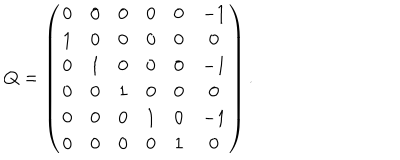
Q = \left( \begin{array} { c c c c c c } { { 0 } } & { { 0 } } & { { 0 } } & { { 0 } } & { { 0 } } & { { - 1 } } \\ { { 1 } } & { { 0 } } & { { 0 } } & { { 0 } } & { { 0 } } & { { 0 } } \\ { { 0 } } & { { 1 } } & { { 0 } } & { { 0 } } & { { 0 } } & { { - 1 } } \\ { { 0 } } & { { 0 } } & { { 1 } } & { { 0 } } & { { 0 } } & { { 0 } } \\ { { 0 } } & { { 0 } } & { { 0 } } & { { 1 } } & { { 0 } } & { { - 1 } } \\ { { 0 } } & { { 0 } } & { { 0 } } & { { 0 } } & { { 1 } } & { { 0 } } \\ \end{array} \right) .